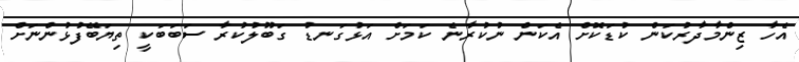
އެހާ ޒިންމާދާރުކަން ކުޑަކޮށް އެކަން ނުކުރާނެ ކަމަށް އަޅުގަނޑު ގަބޫލުކުރާ ސަބަބަކީ ތިޔަބޭފުޅުންނަށް